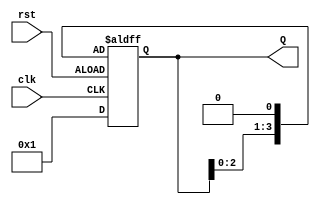
module ring_counter (
    input clk,
    input rst,
    output reg [3:0] Q
);

always @(posedge clk or negedge rst) begin
    if (rst) begin
        Q <= 4'b0001;
    end else begin
        Q <= Q << 1;
    end
end

endmodule